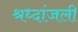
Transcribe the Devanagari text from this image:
श्रध्दांजली